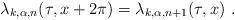
LaTeX: \begin{align*} \lambda_{k,\alpha,n}(\tau,x+2\pi) = \lambda_{k,\alpha,n+1}(\tau,x)~.\end{align*}